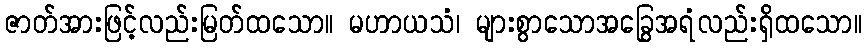
ဇာတ်အားဖြင့်လည်းမြတ်ထသော။ မဟာယသံ၊ များစွာသောအခြွေအရံလည်းရှိထသော။